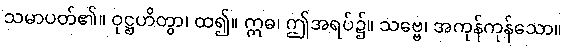
သမာပတ်၏။ ဝုဋ္ဌဟိတွာ၊ ထ၍။ ဣဓ၊ ဤအရပ်၌။ သဗ္ဗေ၊ အကုန်ကုန်သော။